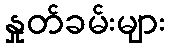
နှုတ်ခမ်းများ